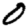
Digit: 0